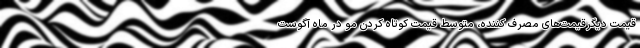
قیمت دیگرقیمت‌های مصرف کننده، متوسط قیمت کوتاه کردن مو در ماه آگوست